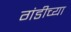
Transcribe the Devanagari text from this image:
गंडीच्या